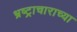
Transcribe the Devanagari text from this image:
भ्रष्ट्राचाराच्या